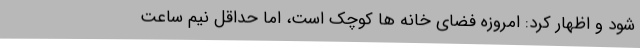
شود و اظهار کرد: امروزه فضای خانه ها کوچک است، اما حداقل نیم ساعت